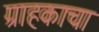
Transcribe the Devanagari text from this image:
ग्राहकाचा